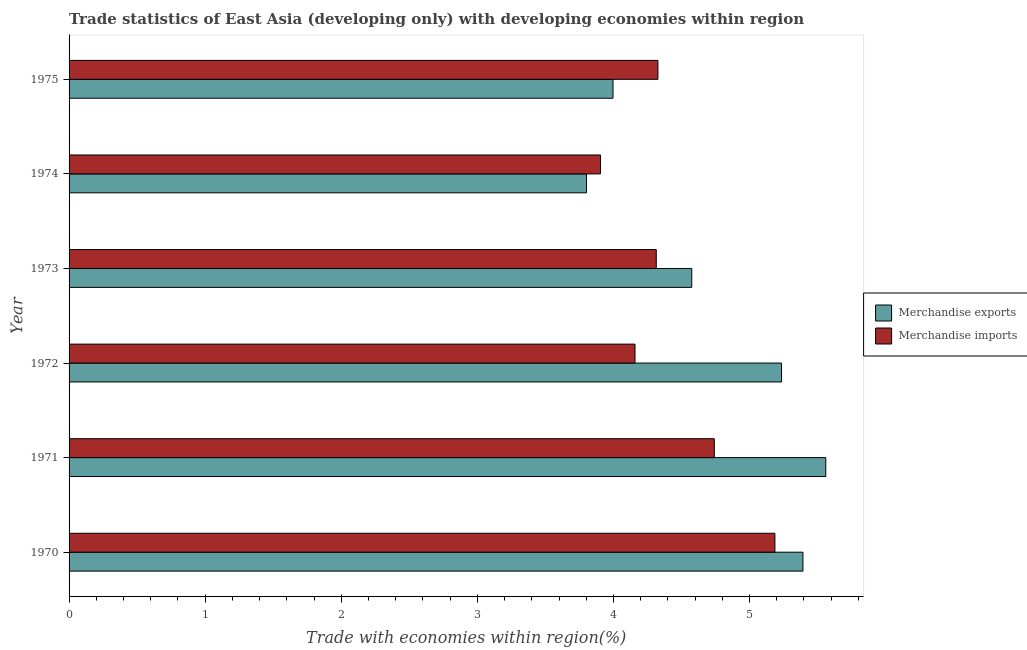
| Year | Merchandise exports | Merchandise imports |
 | --- | --- | --- |
 | 1970 | 5.39 | 5.19 |
 | 1971 | 5.56 | 4.74 |
 | 1972 | 5.24 | 4.16 |
 | 1973 | 4.58 | 4.31 |
 | 1974 | 3.8 | 3.91 |
 | 1975 | 4 | 4.33 |